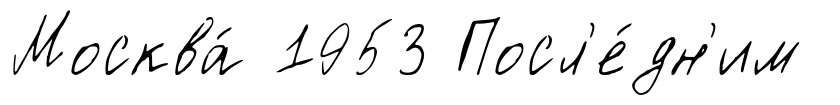
Москва́ 1953 Посл'е́дн'им